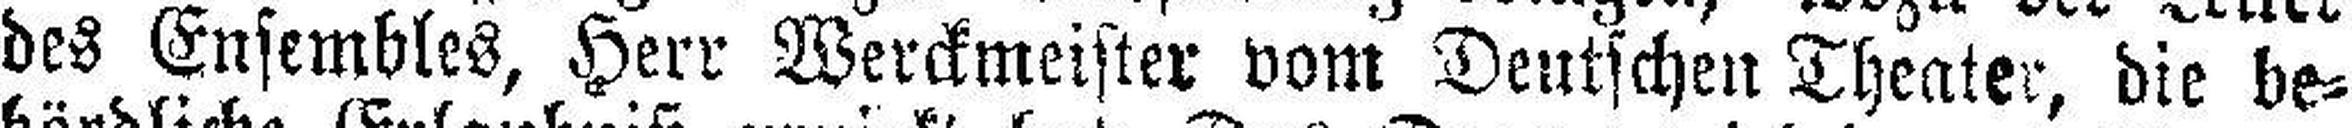
des Ensembles, Herr Werckmeister vom Deutschen Theater, die be¬